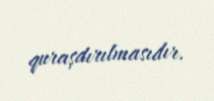
quraşdırılmasıdır.